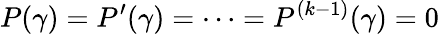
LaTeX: P(\gamma)=P^{\prime}(\gamma)=\cdots=P^{(k-1)}(\gamma)=0